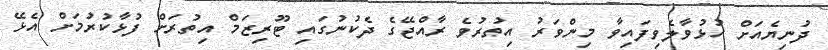
ދުނިޔެއަށް ހުޅުވާލެވިފައިވާ މިންވަރު އިތުރުވެ ރާއްޖޭގެ ދެކުނުގައި ޓޫރިޒަމް އިތުރަށް ފުޅާކުރުމަށް އެޅޭ